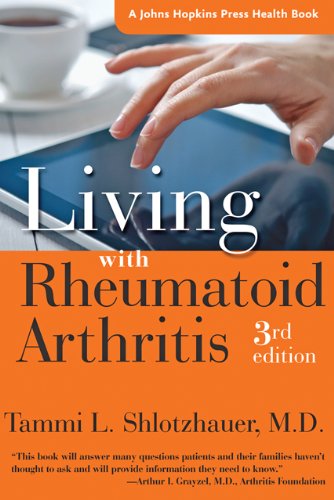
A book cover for Living with Rheumatoid Arthritis (A Johns Hopkins Press Health Book); Tammi L. Shlotzhauer; Health, Fitness & Dieting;